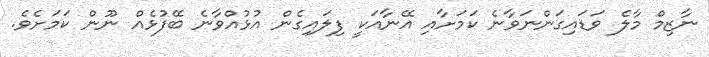
ނާޒިމް މާލެ ވަޑައިގަންނަވާނެ ކަމަށާއި އޭނާއަކީ ފިލައިގެން އުޅުއްވާނެ ބޭފުޅެއް ނޫން ކަަމަށެވެ.